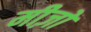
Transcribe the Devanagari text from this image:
मीज़ों